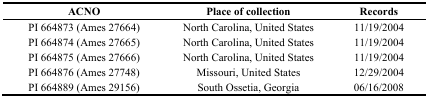
<table><thead><tr><td><b>ACNO</b></td><td><b>Place of collection</b></td><td><b>Records</b></td></tr></thead><tbody><tr><td>PI 664873 (Ames 27664)</td><td>North Carolina, United States</td><td>11/19/2004</td></tr><tr><td>PI 664874 (Ames 27665)</td><td>North Carolina, United States</td><td>11/19/2004</td></tr><tr><td>PI 664875 (Ames 27666)</td><td>North Carolina, United States</td><td>11/19/2004</td></tr><tr><td>PI 664876 (Ames 27748)</td><td>Missouri, United States</td><td>12/29/2004</td></tr><tr><td>PI 664889 (Ames 29156)</td><td>South Ossetia, Georgia</td><td>06/16/2008</td></tr></tbody></table>